Civil Veterinary Dept. Bombay admin report 1893-99 - 1893-1899
Year: 1893
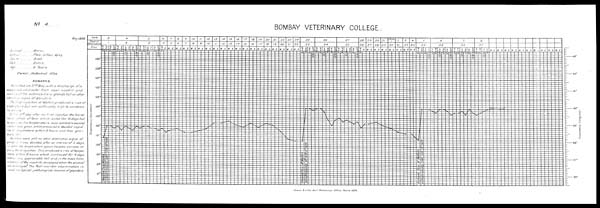
No. ....4.
198
Animal ...
Colour.
Caste ...
Sex
Age
... Horse.
... Flea-bitten Grey.
... Arab.
Entire.
....6 Years
Owner Mahomed
Allee.
REMARKS.
Admitted on 3 rd May-with a discharge of a
suspicious character from near nostril and
swelling of the submaxillary
glands but no other
distinctive signs of glanders.
The first injection of Mollein produced a rise of
iemperature but not safficiently high to condemn
the animal.
On tire 10 th day after the first injection the horse
had an attack of fever which lasted for 10 days but
as soon as the temperature
was normala second
injection was given, which produced a decided rarpid
rise of temperature within 8 hours and then gra-
dually Fell.
As there were still no other distinctive signs of
glanders it was decided, after an interval of 11 days,
i.e. when the temperature again became normal, to
give a third injection. This produced a rise of tempe-
rature within 8 hours which continued for 4 days
without any appreciable Fall and, in the mean time,
ulceration of the nostrils developed when the animal
was destroyed. The Post-mortern examination
re-
neaied the typical pathological lessons of glanders.